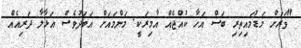
"ވަރަށް މަޑުމައިތިރި ބަސް އަހާ ކުއްޖެއް އާމިރަކީ. މަންމައަށް އަބަދުވެސް އަޅާލާ ދަރިއެއް